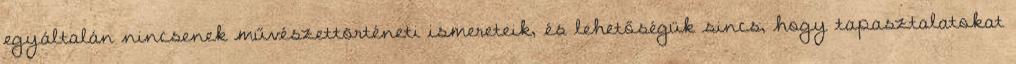
egyáltalán nincsenek művészettörténeti ismereteik, és lehetőségük sincs, hogy tapasztalatokat